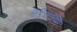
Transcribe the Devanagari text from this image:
१९७७चा